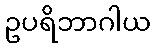
ဥပရိဘာဂါယ